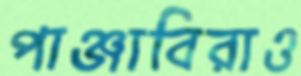
পাঞ্জাবিরাও